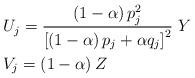
LaTeX: \begin{align*}&U_{j}=\frac{\left(1-\alpha\right)p^{2}_{j}}{\left[\left(1-\alpha\right)p_{j}+\alpha q_{j}\right]^{2}}\;Y\\&V_{j}=\left(1-\alpha\right) Z\end{align*}